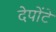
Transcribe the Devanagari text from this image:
देपोंटे